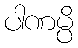
ပါဏမ္ပိ